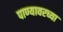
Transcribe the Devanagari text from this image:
पाण्यावरच्या